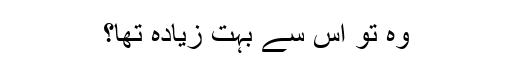
وہ تو اس سے بہت زیادہ تھا؟